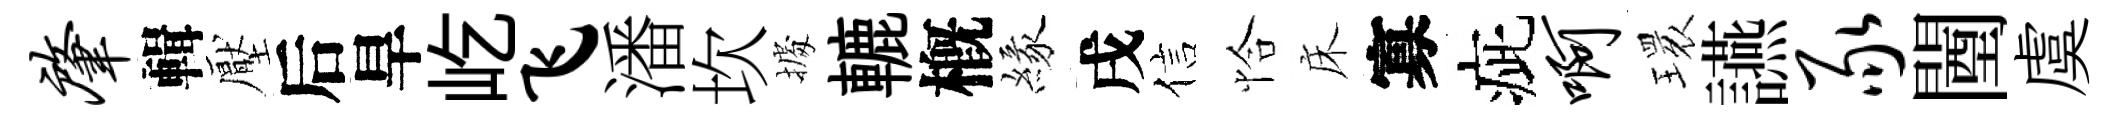
肇輯壓后旱屹飞潘坎𢴃轆槪緣戌信恰床寡疵啊𤨔讌豕闉虞